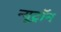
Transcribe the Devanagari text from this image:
न्यूट्राॅन